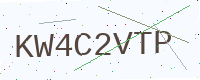
Text: KW4C2VTP